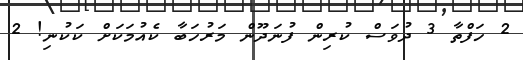
2 ހަފްތާ 3 ދުވަސް ކުރިން ފުނަދޫން މަރުހަބާ ކެއުމަކަށް ކަކުނި! 2